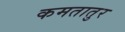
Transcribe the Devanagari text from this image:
कमतातुर